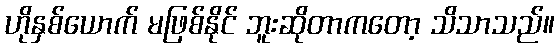
ဟိုနှစ်ယောက် မဖြစ်နိုင် ဘူးဆိုတာကတော့ သိသာသည်။